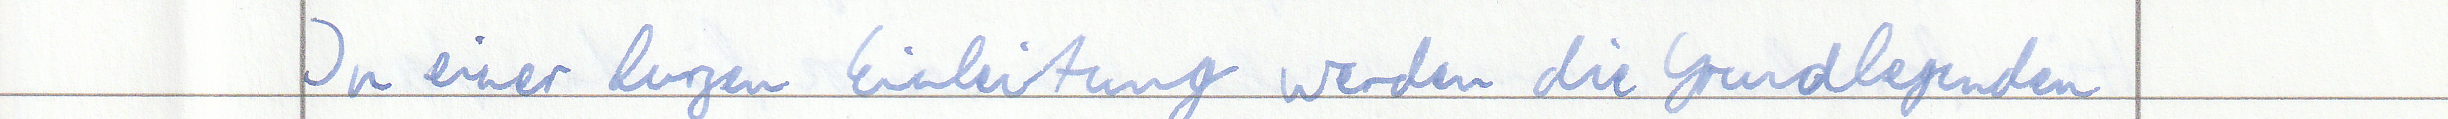
In einer kurzen Einleitung werden die Grundlegenden